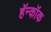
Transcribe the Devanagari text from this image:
हॅन्कॉक